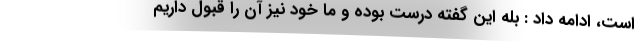
است، ادامه داد : بله این گفته درست بوده و ما خود نیز آن را قبول داریم